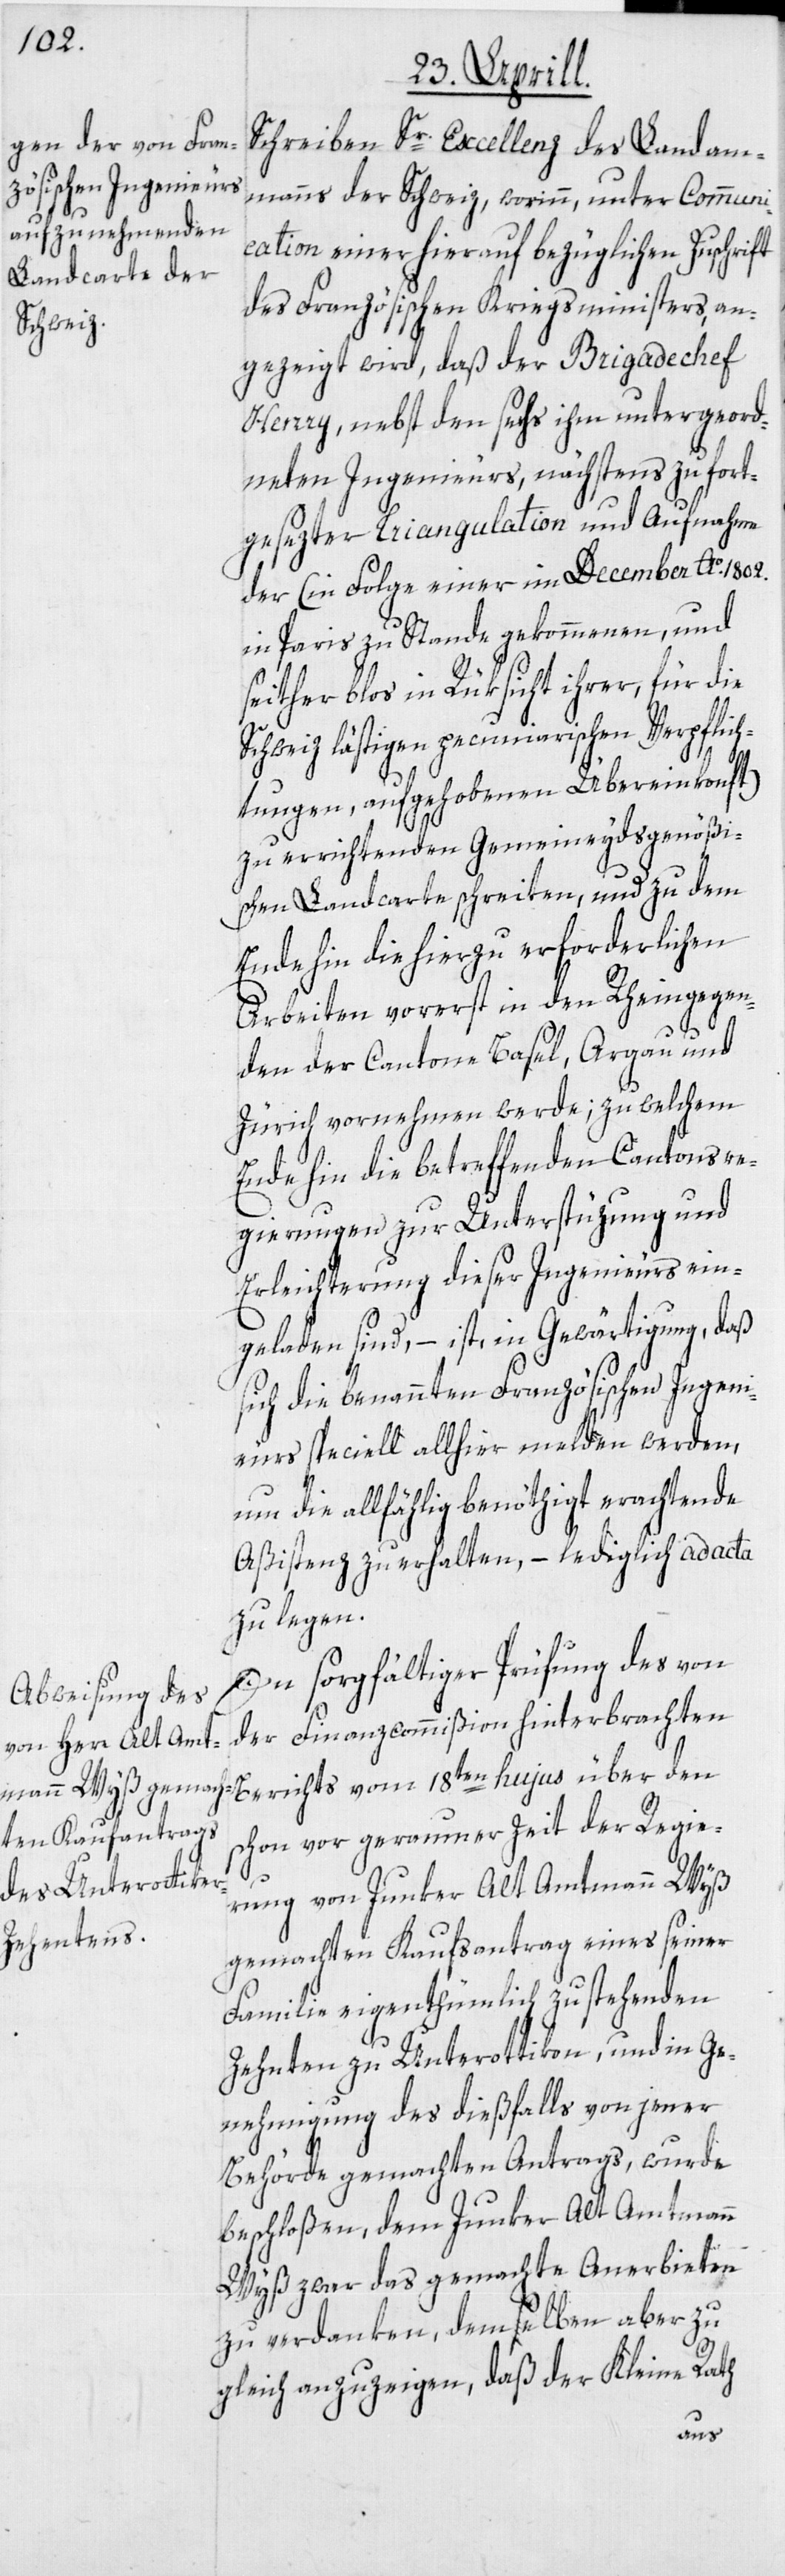
Schreiben Sr. Excellenz des Landam¬
manns der Schweiz, worinn, unter Communi¬
cation einer hierauf bezüglichen Zuschrift
des Französischen Kriegsministers, an¬
gezeigt wird, daß der Brigadechef
Henry, nebst den sechs ihm untergeord¬
neten Ingenieurs, nächstens zu fort¬
gesezter Triangulation und Aufnahme
der (in Folge einer im December Ao. 1802.
in Paris zu Stande gekommenen, und
seither blos in Rüksicht ihrer, für die
Schweiz lästigen pecuniarischen Verpflich¬
tungen, aufgehobenen Übereinkonft)
zu errichtenden Gemeineydsgenößi¬
schen Landcarte schreiten, und zu dem
Ende hin die hierzu erforderlichen
Arbeiten vorerst in den Rheingegen¬
den der Cantone Basel, Argau und
Zürich vornehmen werde; zu welchem
Ende hin die betreffenden Cantonsre¬
gierungen zur Unterstüzung und
Erleichterung dieser Ingenieurs ein¬
geladen sind, – ist, in Gewärtigung, daß
sich die benannten Französischen Ingeni¬
eurs speciell allhier melden werden,
um die allfählig benöthigt erachtende
Aßistenz zu erhalten, – lediglich ad acta
zu legen.
In sorgfältiger Prüfung des von
der Finanzcommißion hinterbrachten
Berichts vom 18ten hujus über den
schon vor geraumer Zeit der Regie¬
rung von Junker Alt Amtmann Wyß
gemachten Kaufsantrag eines seiner
Familie eigenthümlich zustehenden
Zehnten zu Unterottikon, und in Ge¬
nehmigung des dießfalls von jener
Behörde gemachten Antrags, wurde
beschloßen, dem Junker Alt Amtmann
Wyß zwar das gemachte Anerbieten
zu verdanken, demselben aber zu
gleich anzuzeigen, daß der Kleine Rath
aus